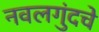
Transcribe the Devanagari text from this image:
नवलगुंदचे